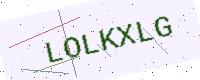
Text: LOLKXLG